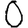
Digit: 0